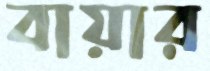
বায়ার